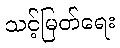
သင့်မြတ်ရေး